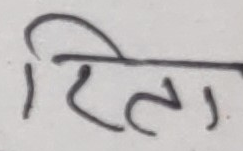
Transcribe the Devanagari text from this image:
रिता